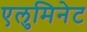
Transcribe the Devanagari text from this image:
एलुमिनेट